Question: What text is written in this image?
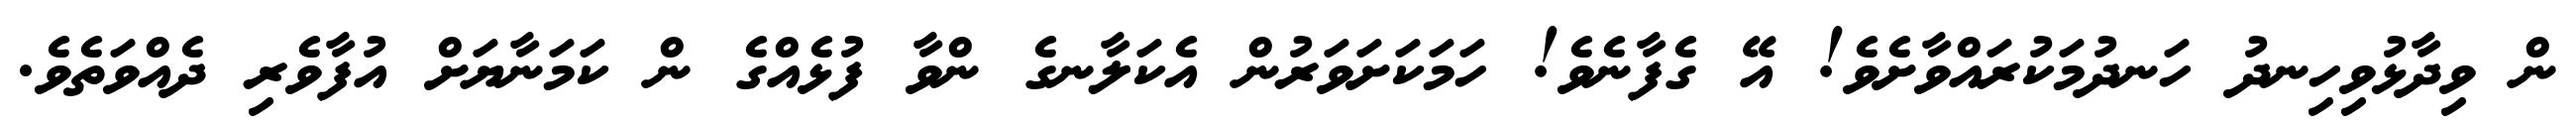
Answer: ން ވިދާޅުވިހިނދު ހަނދުމަކުރައްވާށެވެ! އޭ ގެފާނެވެ! ހަމަކަށަވަރުން އެކަލާނގެ ންވާ ފުޅެއްގެ ން ކަމަނާޔަށް އުފާވެރި ދެއްވަތެވެ.